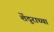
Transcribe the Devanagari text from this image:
शेंदुराच्या